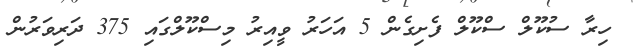
ހިރާ ސުކޫލް ސްކޫލް ފެށިގެން 5 އަހަރު ވީއިރު މިސްކޫލްގައި 375 ދަރިވަރުން